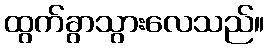
ထွက်ခွာသွားလေသည်။